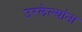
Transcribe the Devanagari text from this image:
उरलेल्यांना